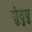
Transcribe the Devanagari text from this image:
सुंदुबु